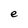
Character: e